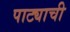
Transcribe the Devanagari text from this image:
पाट्याची